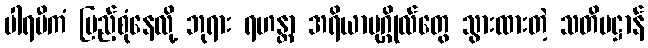
ပါရမီကံ ပြည့်စုံနေလို့ ဘုရား ရဟန္တာ အရိယာပုဂ္ဂိုလ်တွေ သွားထားတဲ့ သတိပဋ္ဌာန်